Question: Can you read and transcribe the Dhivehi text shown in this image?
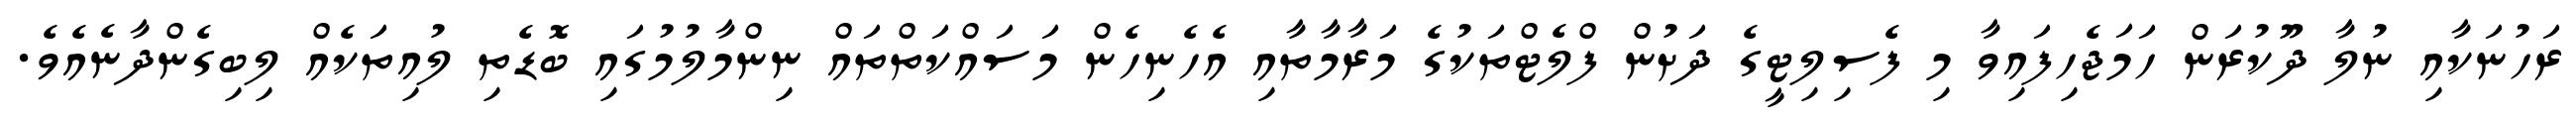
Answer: ރަހުނަކާއި ނުލާ ދޫކުރަން ހަމަޖެހިފައިވާ މި ފެސިލިޓީގެ ދަށުން ފްލެޓްތަކުގެ މަރާމާތާއި އެހެނިހެން މަސައްކަތްތައް ނިންމާލުމުގައި ބޮޑެތި ލުއިތަކެއް ލިބިގެންދާނެއެވެ.